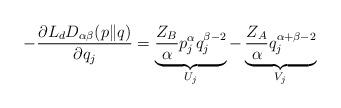
LaTeX: \begin{align*}-\frac{\partial L_{d}D_{\alpha\beta}(p\|q)}{\partial q_{j}}=\underbrace{\frac{Z_{B}}{\alpha}p^{\alpha}_{j}q^{\beta-2}_{j}}_{U_{j}}-\underbrace{\frac{Z_{A}}{\alpha}q^{\alpha+\beta-2}_{j}}_{V_{j}}\end{align*}